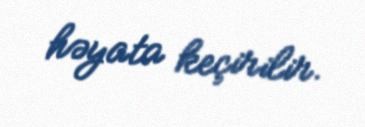
həyata keçirilir.